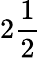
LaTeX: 2\frac 12